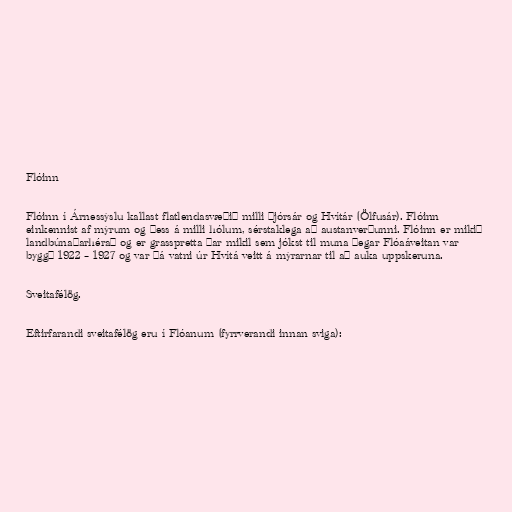
Flóinn

Flóinn í Árnessýslu kallast flatlendasvæðið milli Þjórsár og Hvítár (Ölfusár). Flóinn
einkennist af mýrum og þess á milli hólum, sérstaklega að austanverðunni. Flóinn er mikið
landbúnaðarhérað og er grasspretta þar mikil sem jókst til muna þegar Flóaáveitan var
byggð 1922 – 1927 og var þá vatni úr Hvítá veitt á mýrarnar til að auka uppskeruna.

Sveitafélög.

Eftirfarandi sveitafélög eru í Flóanum (fyrrverandi innan sviga):